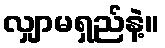
လျှာမရှည်နဲ့။